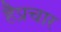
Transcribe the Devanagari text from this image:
हैप्रचार